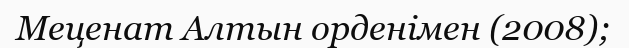
Меценат Алтын орденімен (2008);